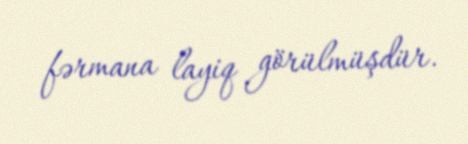
fərmana layiq görülmüşdür.